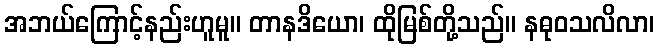
အဘယ်ကြောင့်နည်းဟူမူ။ တာနဒိယော၊ ထိုမြစ်တို့သည်။ နဓုဝသလိလာ၊